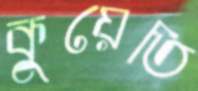
কুয়েতি